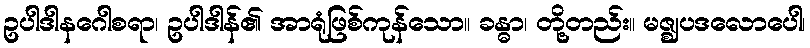
ဥပါဒါနဂေါစရာ၊ ဥပါဒါန်၏ အာရုံဖြစ်ကုန်သော။ ခန္ဓာ၊ တို့တည်း။ မဇ္ဈပဒလောပေါ၊